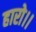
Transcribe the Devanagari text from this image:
हारो।।